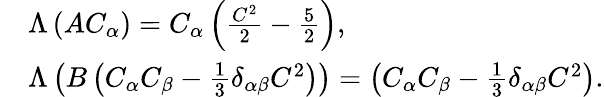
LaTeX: \begin{array}{rl}&{\Lambda\left(AC_{\alpha}\right)=C_{\alpha}\left(\frac{C^{2}}{2}-\frac{5}{2}\right),}\\ &{\Lambda\left(B\left(C_{\alpha}C_{\beta}-\frac{1}{3}\delta_{\alpha\beta}C^{2}\right)\right)=\left(C_{\alpha}C_{\beta}-\frac{1}{3}\delta_{\alpha\beta}C^{2}\right).}\end{array}